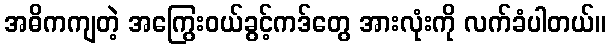
အဓိကကျတဲ့ အကြွေးဝယ်ခွင့်ကဒ်တွေ အားလုံးကို လက်ခံပါတယ်။